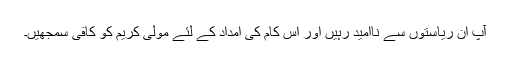
آپ ان ریاستوں سے ناامید رہیں اور اس کام کی امداد کے لئے مولیٰ کریم کو کافی سمجھیں۔